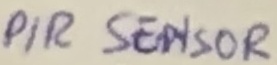
Text: PIR SENSOR